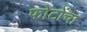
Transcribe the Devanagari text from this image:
फोटोंचा